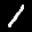
Label: 1